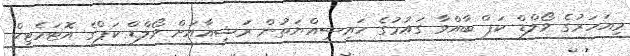
މިއަހަރުގެ ވޯލްޑް ކަޕް ބާއްވާ ގައުމުގެ ހައިސިއްޔަތުން ރަޝިއާއަށް ވޯލްޑް ކަޕްގެ އޮޓަމެޓިކް